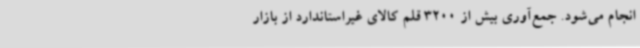
انجام می‌شود. جمع‌آوری بیش از 3200 قلم کالای غیراستاندارد از بازار